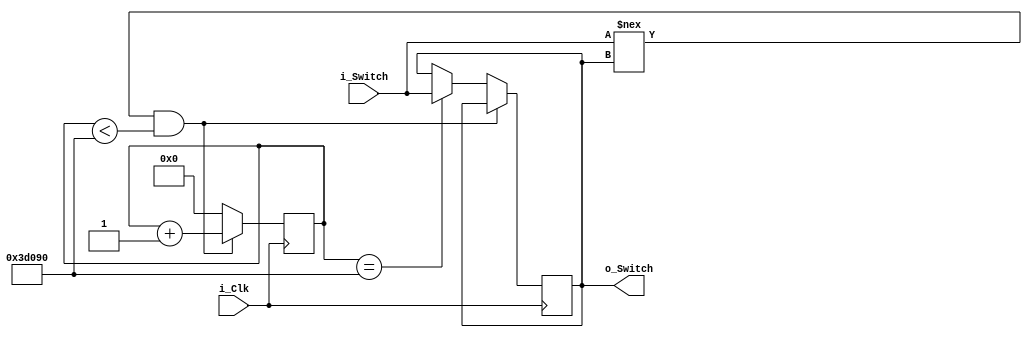
module Debounce_Switch (
	input wire i_Clk,
	input wire i_Switch,
	output wire o_Switch 
);

parameter c_DEBOUNCE_LIMIT = 250000; // 10ms at 25MHz

reg r_State = 1'd0;
reg [17:0] r_Count = 18'd0;

always @(posedge i_Clk)
	begin
		if(i_Switch !== r_State && r_Count < c_DEBOUNCE_LIMIT)
			r_Count <= r_Count + 18'd1; // This is Counter
		else if(r_Count == c_DEBOUNCE_LIMIT)
			begin
				r_Count <= 18'd0;
				r_State <= i_Switch;
			end
		else
			r_Count <= 18'd0;
	end

assign o_Switch = r_State;

endmodule